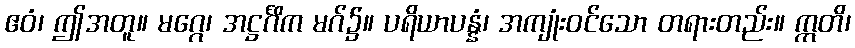
ဧဝံ၊ ဤအတူ။ မဂ္ဂေ၊ အဋ္ဌင်္ဂိက မဂ်၌။ ပရိယာပန္နံ၊ အကျုံးဝင်သော တရားတည်း။ ဣတိ၊